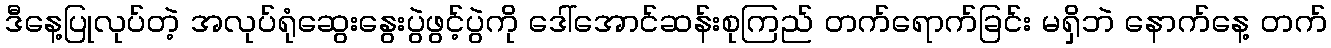
ဒီနေ့ပြုလုပ်တဲ့ အလုပ်ရုံဆွေးနွေးပွဲဖွင့်ပွဲကို ဒေါ်အောင်ဆန်းစုကြည် တက်ရောက်ခြင်း မရှိဘဲ နောက်နေ့ တက်